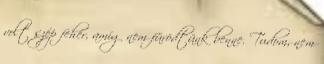
volt szép fehér, amíg nem fürödtünk benne. Tudom, nem